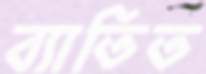
ব্যাতিত